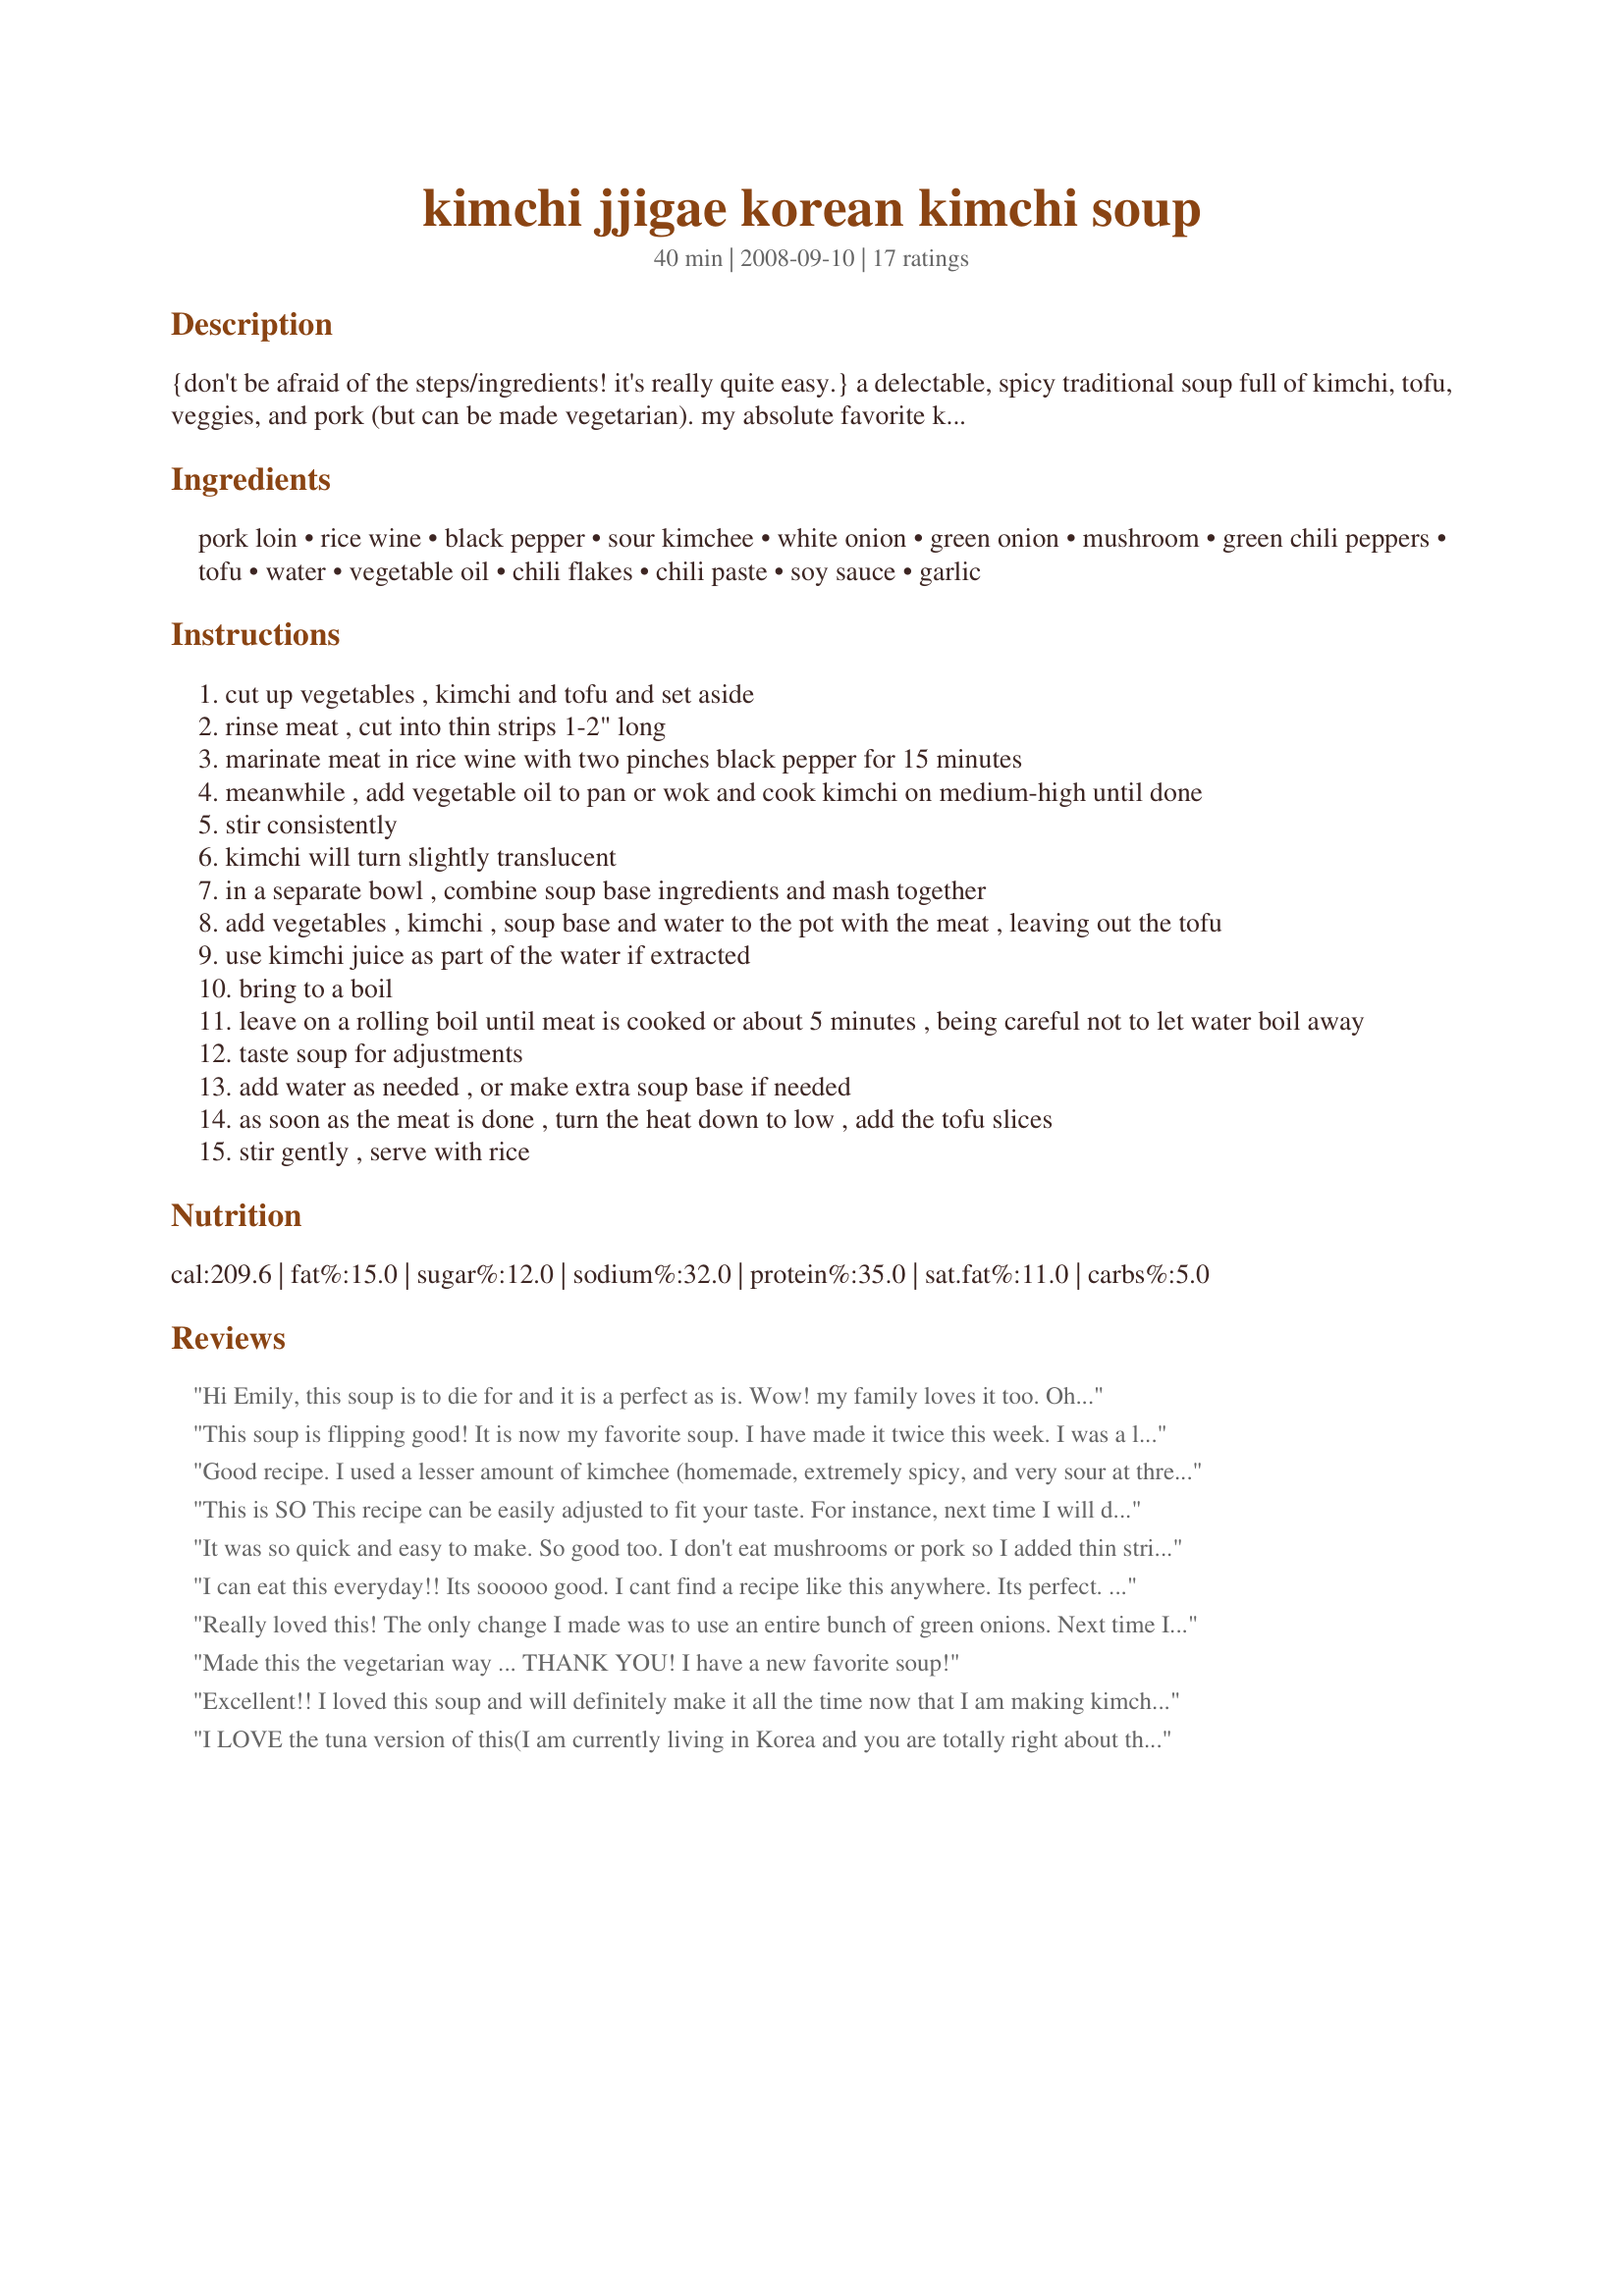
kimchi jjigae korean kimchi soup
Preparation time: 40 minutes

{don't be afraid of the steps/ingredients! it's really quite easy.} a delectable, spicy traditional soup full of kimchi, tofu, veggies, and pork (but can be made vegetarian). my absolute favorite korean dish of all time; i can eat it 24/7! kimchi is available at asian markets; i recommend buying the homemade variety wherever possible. if you buy a shelf-bottled kimchi (non-refrigerated), or your fresh kimchi has just been made (i.e. newer than 2-3 weeks), you should add a couple of teaspoons of white vinegar to your kimchi, stir and let it sit 10 mins, and then chop it up for use. the vinegar acts as an instant fermenter and will make it taste a lot better. don't skip this step, trust me :) also, the chili flakes and paste should be the true korean variety; the chinese, thai or regular cayenne pepper will not work. please let me know if you have suggestions or questions! i have adjusted this recipe over time-koreans don't use recipes (frustrating!)-to suit my taste. dh loves it too. beware though, it's truly korean in that it's very spicy for most. for more detailed step-by-step instructions, including pictures, please mail me and i can send them to you.

Ingredients:
pork loin, rice wine, black pepper, sour kimchee, white onion, green onion, mushroom, green chili peppers, tofu, water, vegetable oil, chili flakes, chili paste, soy sauce, garlic

Steps:
cut up vegetables , kimchi and tofu and set aside
rinse meat , cut into thin strips 1-2" long
marinate meat in rice wine with two pinches black pepper for 15 minutes
meanwhile , add vegetable oil to pan or wok and cook kimchi on medium-high until done
stir consistently
kimchi will turn slightly translucent
in a separate bowl , combine soup base ingredients and mash together
add vegetables , kimchi , soup base and water to the pot with the meat , leaving out the tofu
use kimchi juice as part of the water if extracted
bring to a boil
leave on a rolling boil until meat is cooked or about 5 minutes , being careful not to let water boil away
taste soup for adjustments
add water as needed , or make extra soup base if needed
as soon as the meat is done , turn the heat down to low , add the tofu slices
stir gently , serve with rice

Reviews:
Hi Emily, this soup is to die for and it is a perfect as is. Wow! my family loves it too. Oh, I have seen this soup mentioned so many times on Korean Dramas and it looked good so I am glad I found the recipe here to try it. It is a keeper. By the way, I want to try your Japanese cheesecake recipe but the ingredients are in oz. Do you happen to have them in U.S measurements like in cups and spoons ? Thanks again.
This soup is flipping good! It is now my favorite soup. I have made it twice this week. I was a little scared of how hot it was going to be but was pleasantly surprised! Just the right amount of heat. I am vegan but my husband is not ...so I prepared everything vegan and then cooked my husband some shrimp in the sake and added them to his bowl at the end. This was perfect! Fantastic recipe!
Good recipe. I used a lesser amount of kimchee (homemade, extremely spicy, and very sour at three months old) made from Chinese cabbage, Korean coarse sea salt, daikon, Korean coarse dry red chili flakes, ginger root, fish sauce, scallions and lots of garlic). Instead of pork, I made a broth using about a tablespoon of dry, granular, Korean fish base which is similar to Japanese bonito flakes except much more concentrated. I slowly stewed the kimchee in this broth using twice the amount of garlic called for in the recipe and a small amount of sesame oil, a teaspoon or so of Thai fish sauce, and some shallot when the kimchi was stewed enough. I put two handfuls of Korean rice cakes (a refrigerated rice product cut into coin-shapes available at Korean foodstores) into the rather thin broth and cooked according to package directions. Extremely hot (due to my extra spicy kimchi), sour, wonderful.
This is SO This recipe can be easily adjusted to fit your taste. For instance, next time I will ditch the mushrooms, double the tofu and ditch the meat. We try to eat vegetarian but I was afraid the soup would lack in flavor without meat - I don't think that's the case! Careful with the seasoning - you can always add more to your bowl if you like it spicier than the rest of your family. This was super easy and I will make it often. I used bottled kimchi but next time I think I'll try making my own. Very inexpensive recipe that I feel could easily be frozen. I agree that serving this with a side of rice was the perfect way to cool down. Thanks!!
It was so quick and easy to make. So good too. I don't eat mushrooms or pork so I added thin strips of beef instead. Luckly I there is a Korean super market in town so I got everything I needed. Thanks for sharing your recipe.
I can eat this everyday!! Its sooooo good. I cant find a recipe like this anywhere. Its perfect. Thank you soooooo much for sharing this recipe! I also add a a few tablespoons of Korean Dashida (beef flavoring powder)
Really loved this! The only change I made was to use an entire bunch of green onions. Next time I will use more kimchee.
Made this the vegetarian way ... THANK YOU! I have a new favorite soup!
Excellent!! I loved this soup and will definitely make it all the time now that I am making kimchi at home. I think I ended up tripling or quadrupling (!!) the recipe because I was serving a few people and I wanted leftovers. The only thing I did differently was using half of the red chili flakes and no paste because I didn't have it on hand. I didn't know how hot would be too hot for some people so I thought it would be best to let them make it spicier if they wanted to. It turned out sooo good!! I definitely recommend this soup.
I LOVE the tuna version of this(I am currently living in Korea and you are totally right about the Kimchi needing to be older)! It is amazing that i found the recipe. I recently made it with a korean friend but couldn't remember how much of everything to put in. Fantastic job! It truly is the best food I have had in a really long time.
I took alot of creative license on this one, turned out brilliant, used some hot sauce instead of chilli paste/powder, skipped the rice wine, instead using a large portion of rice wine vinegar, since the kimchi had very little liquid. I also ignored all the portions and just went by taste, I loved it, but my flatmates who do quite alright with indian food apparently can't handle spicy liquids... :<
I just now made an account just to give this amazing recipe another 5 stars. *kisses fingers* mmwah! I went back for fourths.<br/><br/>Tip for those interested in making it: freeze your tofu beforehand then thaw it. It will make the tofu even firmer.
This recipe went straight into my "box". Outstanding.
Have rice on the side.
This is fantastic! Thanks for sharing!
Excellent Dish. Adding vinegar to the Kim Chee added to the flavor. I added miso paste.
I loved this soup! I am Korean, too, so wanted to try another recipe, as we all have different twists on our own home dishes. This one was so good and I am so glad to see that Emily is sharing her recipes for us all! Korean's DON"T use recipes and that can be really hard for us who want to learn how to make excellent, authentic Korean food! Thank you, Emily, and PLEASE keep making recipes! My mother died before I learned all her recipes, so I'll take any help I can get!
This is ono (delicious)! I made enough for 8, used ground pork, chicken stock (instead of water), added cubes of eggplant, zuchinni, squash. Here in Hawaii, we eat lots of kimchee and tofu, so i added extra in the soup. I also added some bean thread noodles for my kids. These noodles fatten up in the soup, so cook them separately and add them to your bowl instead of the pot. This is my go-to soup at our local Korean restaurants when Im not feeling well, now I can make it at home. Thank you Emily!!!
